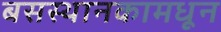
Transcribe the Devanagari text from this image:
बसस्थानकामधून